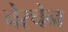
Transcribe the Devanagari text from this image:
चेरचेन